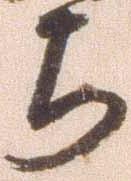
ら